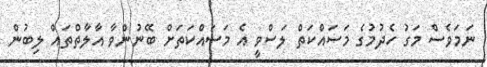
ނަމަވެސް މަގު ހެދުމުގެ މަސައްކަތް ލަސްވީ އެ މަސައްކަތަަށް ބޭނުންވާ އާލާތްތައް ލިބުން